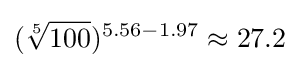
({\sqrt[{5}]{100}})^{5.56-1.97}\approx 27.2